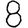
Digit: 8